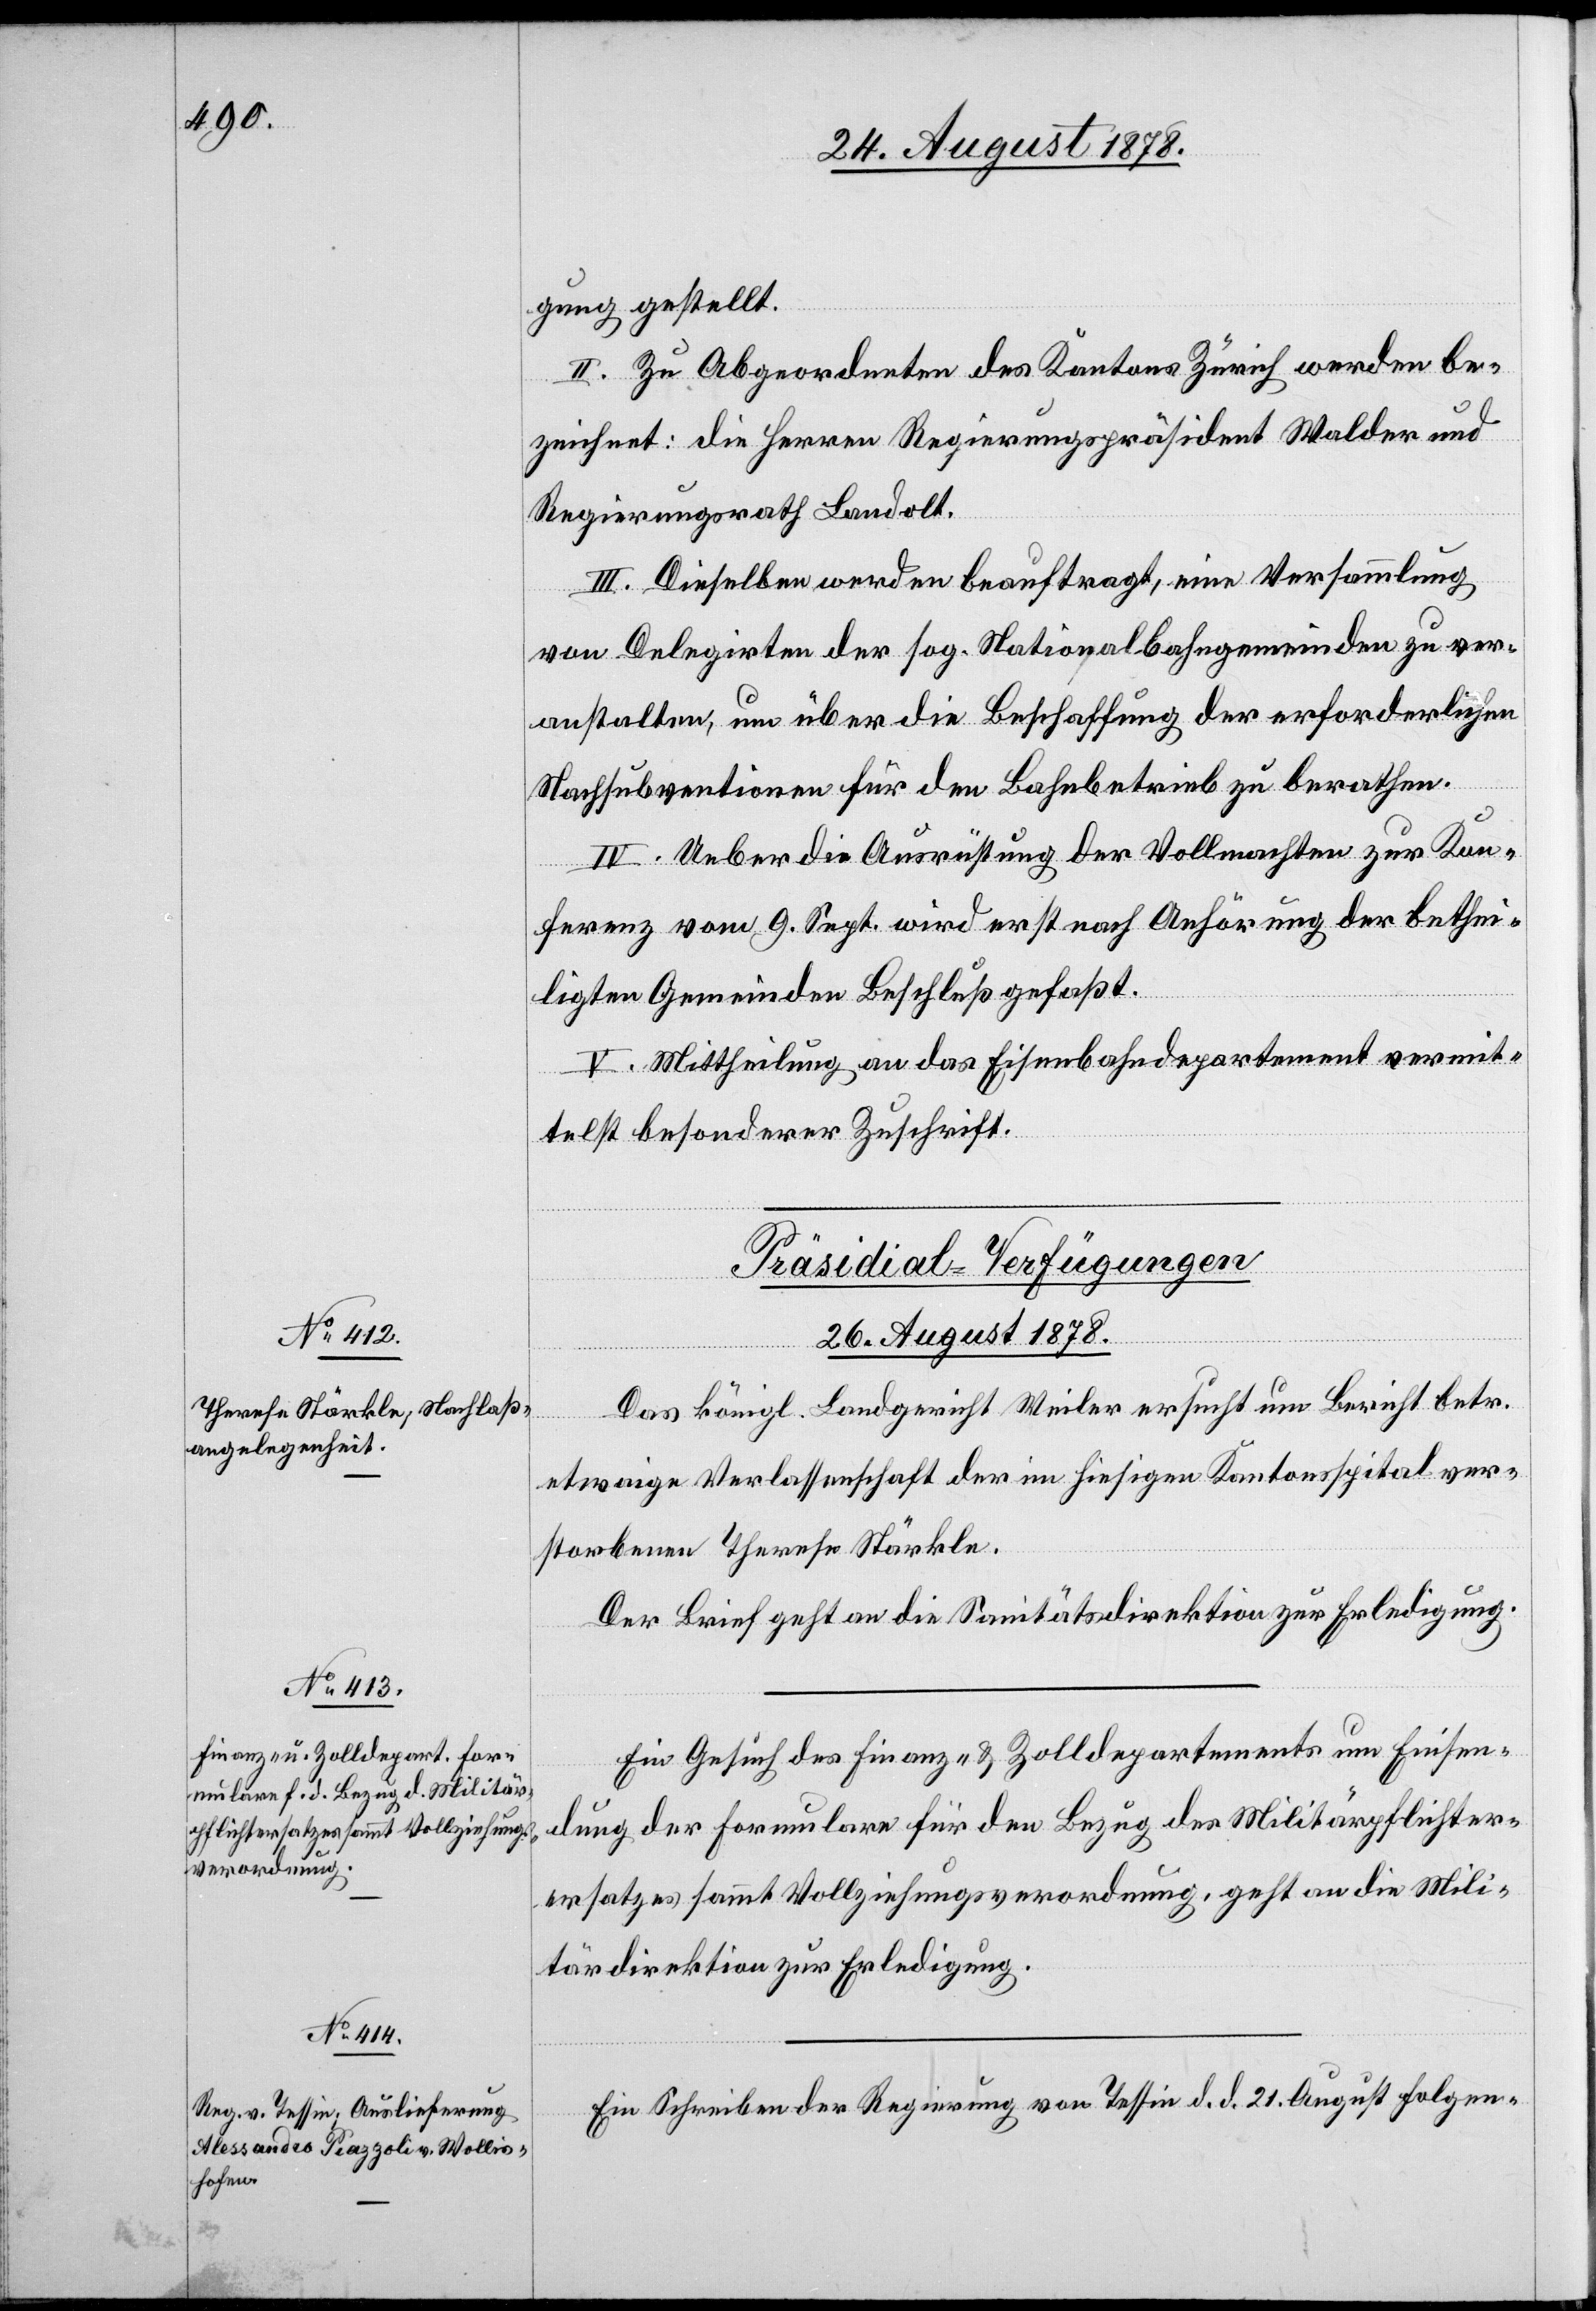
gung gestellt.
II. Zu Abgeordneten des Kantons Zürich werden be¬
zeichnet: die Herren Regierungspräsident Walder und
Regierungsrath Landolt.
III. Dieselben werden beauftragt, eine Versammlung
von Delegirten der sog. Nationalbahngemeinden zu ver¬
anstalten, um über die Beschaffung der erforderlichen
Nachsubventionen für den Bahnbetrieb zu berathen.
IV. Ueber die Ausrüstung der Vollmachten zur Kon¬
ferenz vom 9. Sept. wird erst nach Anhörung der bethei¬
ligten Gemeinden Beschluß gefaßt.
V. Mittheilung an das Eisenbahndepartement vermit¬
telst besonderer Zuschrift.
[Präsidial-Verfügungen
26. August 1878.]
Das königl. Landgericht Weiler ersucht um Bericht betr.
etwaige Verlassenschaft der im hiesigen Kantonsspital ver¬
storbenen Therese Stärkle.
Der Brief geht an die Sanitätsdirektion zur Erledigung.
Ein Gesuch des Finanz- & Zolldepartements um Einsen¬
dung der Formulare für den Bezug des Militärpflichter¬
ersatzes [sic!] sammt Vollziehungsverordnung, geht an die Mili¬
tärdirektion zur Erledigung.
Ein Schreiben der Regierung von Tessin d. d. 21. August folgen-